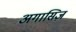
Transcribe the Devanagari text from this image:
अगासिज़